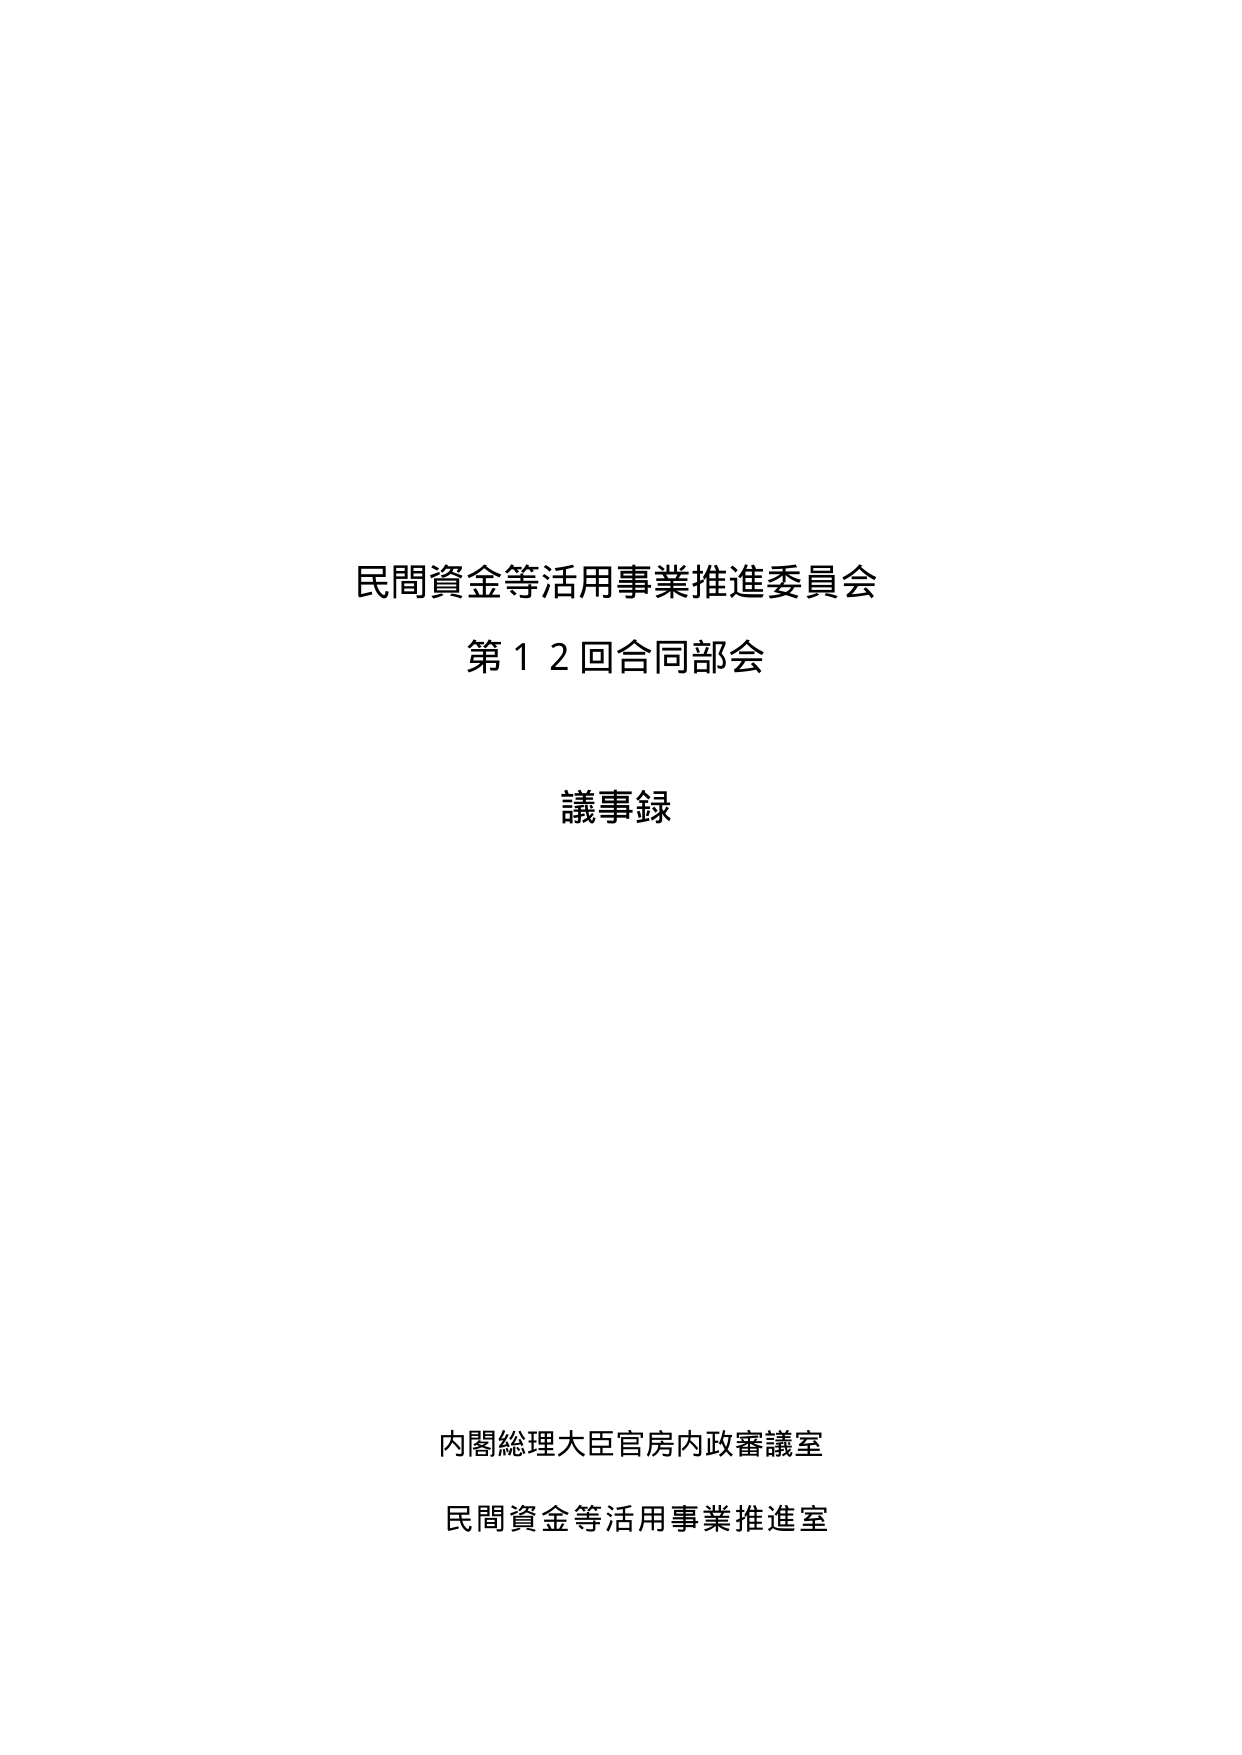
民間資金等活用事業推進委員会
第１２回合同部会
議事録

内閣総理大臣官房内政審議室
民間資金等活用事業推進室